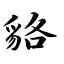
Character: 貉